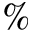
\%